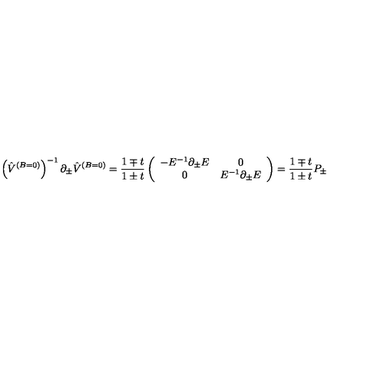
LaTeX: \left( \hat { V } ^ { ( B = 0 ) } \right) ^ { - 1 } \partial _ { \pm } \hat { V } ^ { ( B = 0 ) } = { \frac { 1 \mp t } { 1 \pm t } } \left( \begin{array} { c c } { - E ^ { - 1 } \partial _ { \pm } E } & { 0 } \\ { 0 } & { E ^ { - 1 } \partial _ { \pm } E } \\ \end{array} \right) = { \frac { 1 \mp t } { 1 \pm t } } P _ { \pm }